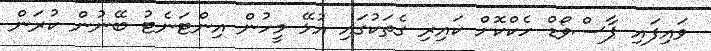
ވައިފައި ޕާސްވޯޑް ހެކްކޮށް ކައިރި ގެތަކުގައި އުޅޭ މީހުން އިންޓަނެޓު ބޭނުން ކުރަން